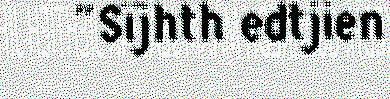
"Sïjhth edtjien